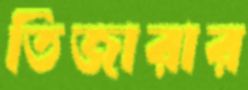
তিজারার